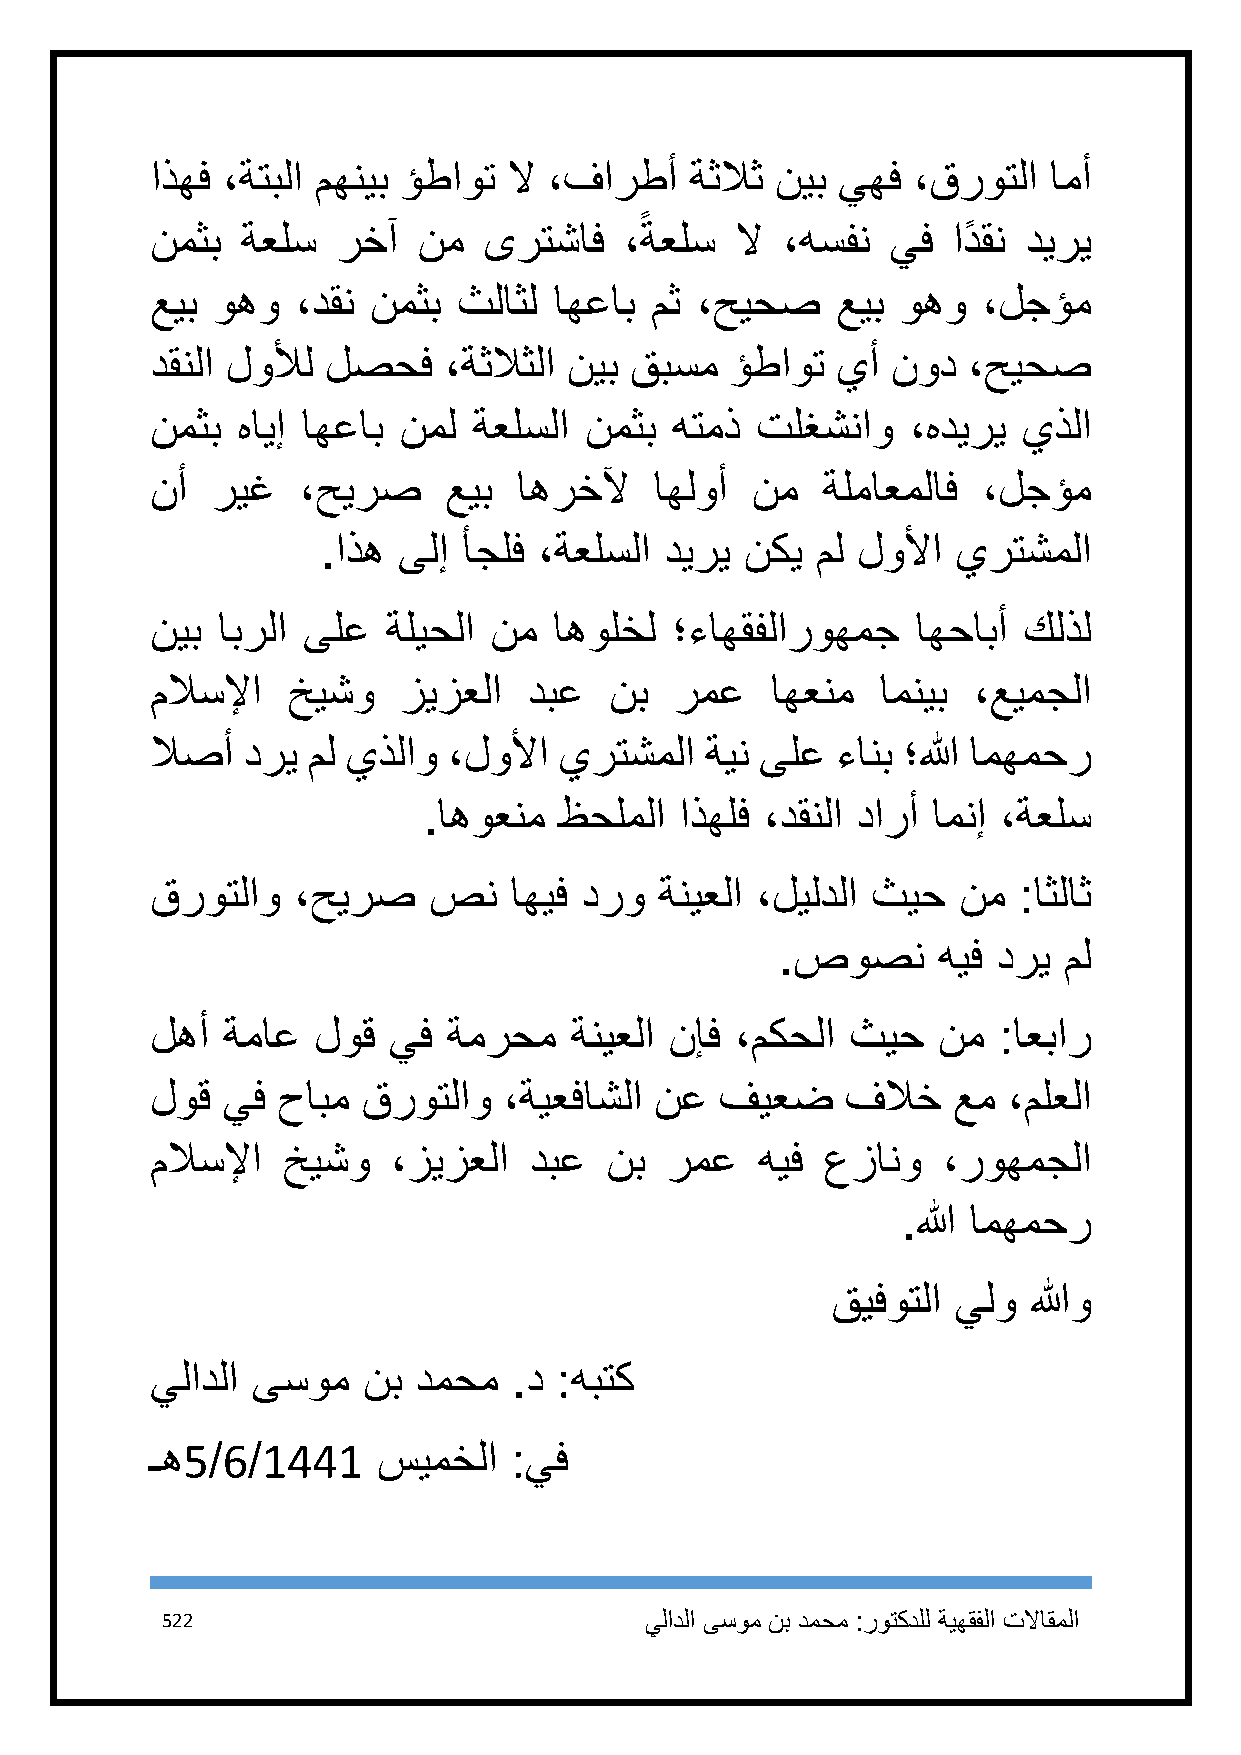
اذهف ،ةتبلا مهنيب ؤطاوت لا ،فارطأ   ةثلاث نيب يهف ،قروتلا  امأ
 ً
 نمثب  ةعلس  رخآ   نم  ىرتشاف   ،ةعلس   لا ،هسفن  يف  ادً قن ديري
 عيب وهو   ،دقن نمثب ثلاثل  اهعاب مث ،حيحص    عيب  وهو  ،لجؤم
 دقنلا لولأل لصحف   ،ةثلاثلا نيب قبسم  ؤطاوت  يأ  نود  ،حيحص
 نمثب  هايإ اهعاب نمل ةعلسلا  نمثب هتمذ  تلغشناو   ،هديري  يذلا
 نأ  ريغ   ،حيرص    عيب  اهرخلآ   اهلوأ  نم  ةلماعملاف  ،لجؤم
 .اذه ىلإ  أجلف ،ةعلسلا ديري نكي  مل لولأا يرتشملا
 نيب ابرلا ىلع   ةليحلا نم  اهولخل ؛ءاهقفلاروهمج    اهحابأ كلذل
 ملاسلإا  خيشو   زيزعلا   دبع  نب   رمع   اهعنم  امنيب ،عيمجلا
 لاصأ  دري مل يذلاو  ،لولأا يرتشملا   ةين ىلع ءانب ؛الله امهمحر
 .اهوعنم  ظحلملا  اذهلف ،دقنلا دارأ امنإ ،ةعلس
 قروتلاو  ،حيرص    صن    اهيف درو  ةنيعلا ،ليلدلا ثيح نم  :اثلاث
 .صوصن     هيف دري مل
 لهأ  ةماع  لوق  يف  ةمرحم   ةنيعلا نإف ،مكحلا ثيح   نم  :اعبار
 لوق  يف حابم  قروتلاو  ،ةيعفاشلا نع   فيعض    فلاخ   عم  ،ملعلا
 ملاسلإا  خيشو   ،زيزعلا  دبع  نب  رمع   هيف  عزانو  ،روهمجلا
 .الله امهمحر
 قيفوتلا يلو  اللهو
 يلادلا ىسوم   نب دمحم   .د :هبتك
 ـه5/6/1441     سيمخلا   :يف
 522                             يلادلا ىسوم نب دمحم :روتكدلل ةيهقفلا تلااقملا